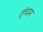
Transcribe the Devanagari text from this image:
त्ंचम